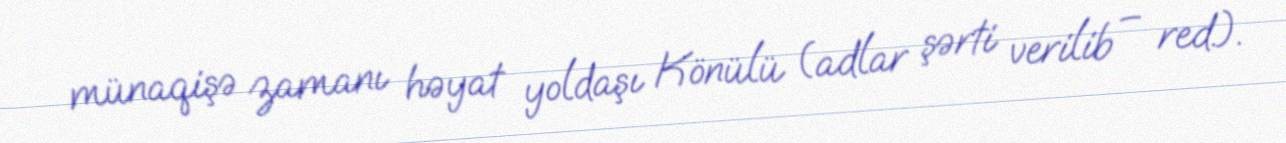
münaqişə zamanı həyat yoldaşı Könülü (adlar şərti verilib – red.).